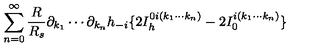
\sum _ { n = 0 } ^ { \infty } { \frac { R } { R _ { s } } } \partial _ { k _ { 1 } } \cdots \partial _ { k _ { n } } h _ { - i } \{ 2 I _ { h } ^ { 0 i ( k _ { 1 } \cdots k _ { n } ) } - 2 I _ { 0 } ^ { i ( k _ { 1 } \cdots k _ { n } ) } \}